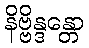
နိဗ္ဗိန္ဒန္တော